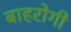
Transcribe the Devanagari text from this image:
बाहरोगी